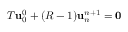
T \mathbf { u } _ { 0 } ^ { 0 } + ( R - 1 ) \mathbf { u } _ { n } ^ { n + 1 } = \mathbf { 0 }